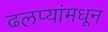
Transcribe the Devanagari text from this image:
ढलप्यांमधून